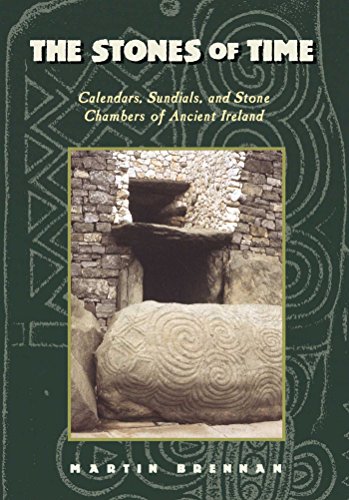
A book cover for The Stones of Time: Calendars, Sundials, and Stone Chambers of Ancient Ireland; Martin Brennan; History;